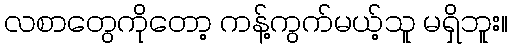
လစာတွေကိုတော့ ကန့်ကွက်မယ့်သူ မရှိဘူး။